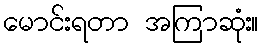
မောင်းရတာ အကြာဆုံး။